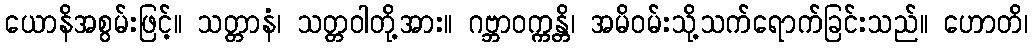
ယောနိအစွမ်းဖြင့်။ သတ္တာနံ၊ သတ္တဝါတို့အား။ ဂဗ္ဘာဝက္ကန္တိ၊ အမိဝမ်းသို့သက်ရောက်ခြင်းသည်။ ဟောတိ၊